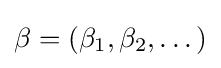
\beta =(\beta _{1},\beta _{2},\dots )